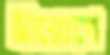
স্ত্রীরোগে